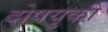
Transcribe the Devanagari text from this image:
दोषयुकी